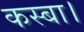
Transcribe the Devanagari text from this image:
कस्बा।